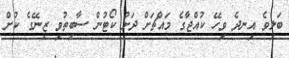
ބަލިވެ އިނދެ ވިހޭ ކުއްޖާގެ މައްޗަށް ދަށު ކޯޓުން ސާބިތުވި ޒިނޭގެ ކުށް